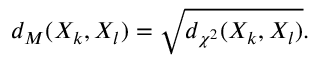
d _ { M } ( X _ { k } , X _ { l } ) = \sqrt { d _ { \chi ^ { 2 } } ( X _ { k } , X _ { l } ) } .